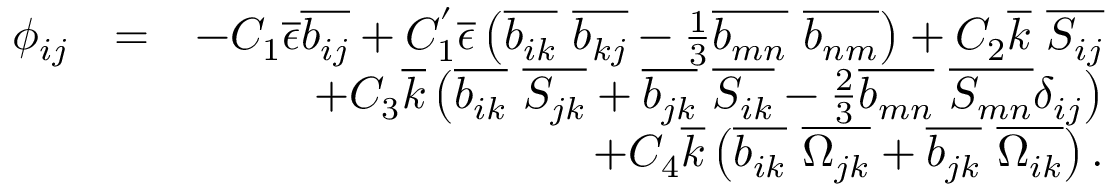
\begin{array} { r l r } { \phi _ { i j } } & { = } & { - C _ { 1 } \overline { { \epsilon } } \overline { { b _ { i j } } } + C _ { 1 } ^ { ' } \overline { { \epsilon } } \left( \overline { { b _ { i k } } } \ \overline { { b _ { k j } } } - \frac { 1 } { 3 } \overline { { b _ { m n } } } \ \overline { { b _ { n m } } } \right) + C _ { 2 } \overline { { k } } \ \overline { { S _ { i j } } } } \\ & { } & { + C _ { 3 } \overline { { k } } \left( \overline { { b _ { i k } } } \ \overline { { S _ { j k } } } + \overline { { b _ { j k } } } \ \overline { { S _ { i k } } } - \frac { 2 } { 3 } \overline { { b _ { m n } } } \ \overline { { S _ { m n } } } \delta _ { i j } \right) } \\ & { } & { + C _ { 4 } \overline { { k } } \left( \overline { { b _ { i k } } } \ \overline { { \Omega _ { j k } } } + \overline { { b _ { j k } } } \ \overline { { \Omega _ { i k } } } \right) . } \end{array}